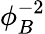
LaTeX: \phi_{B}^{-2}